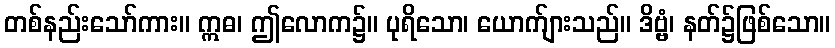
တစ်နည်းသော်ကား။ ဣဓ၊ ဤလောက၌။ ပုရိသော၊ ယောက်ျားသည်။ ဒိဗ္ဗံ၊ နတ်၌ဖြစ်သော။